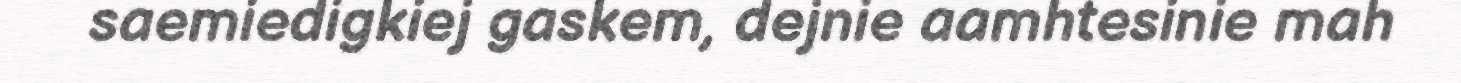
saemiedigkiej gaskem, dejnie aamhtesinie mah